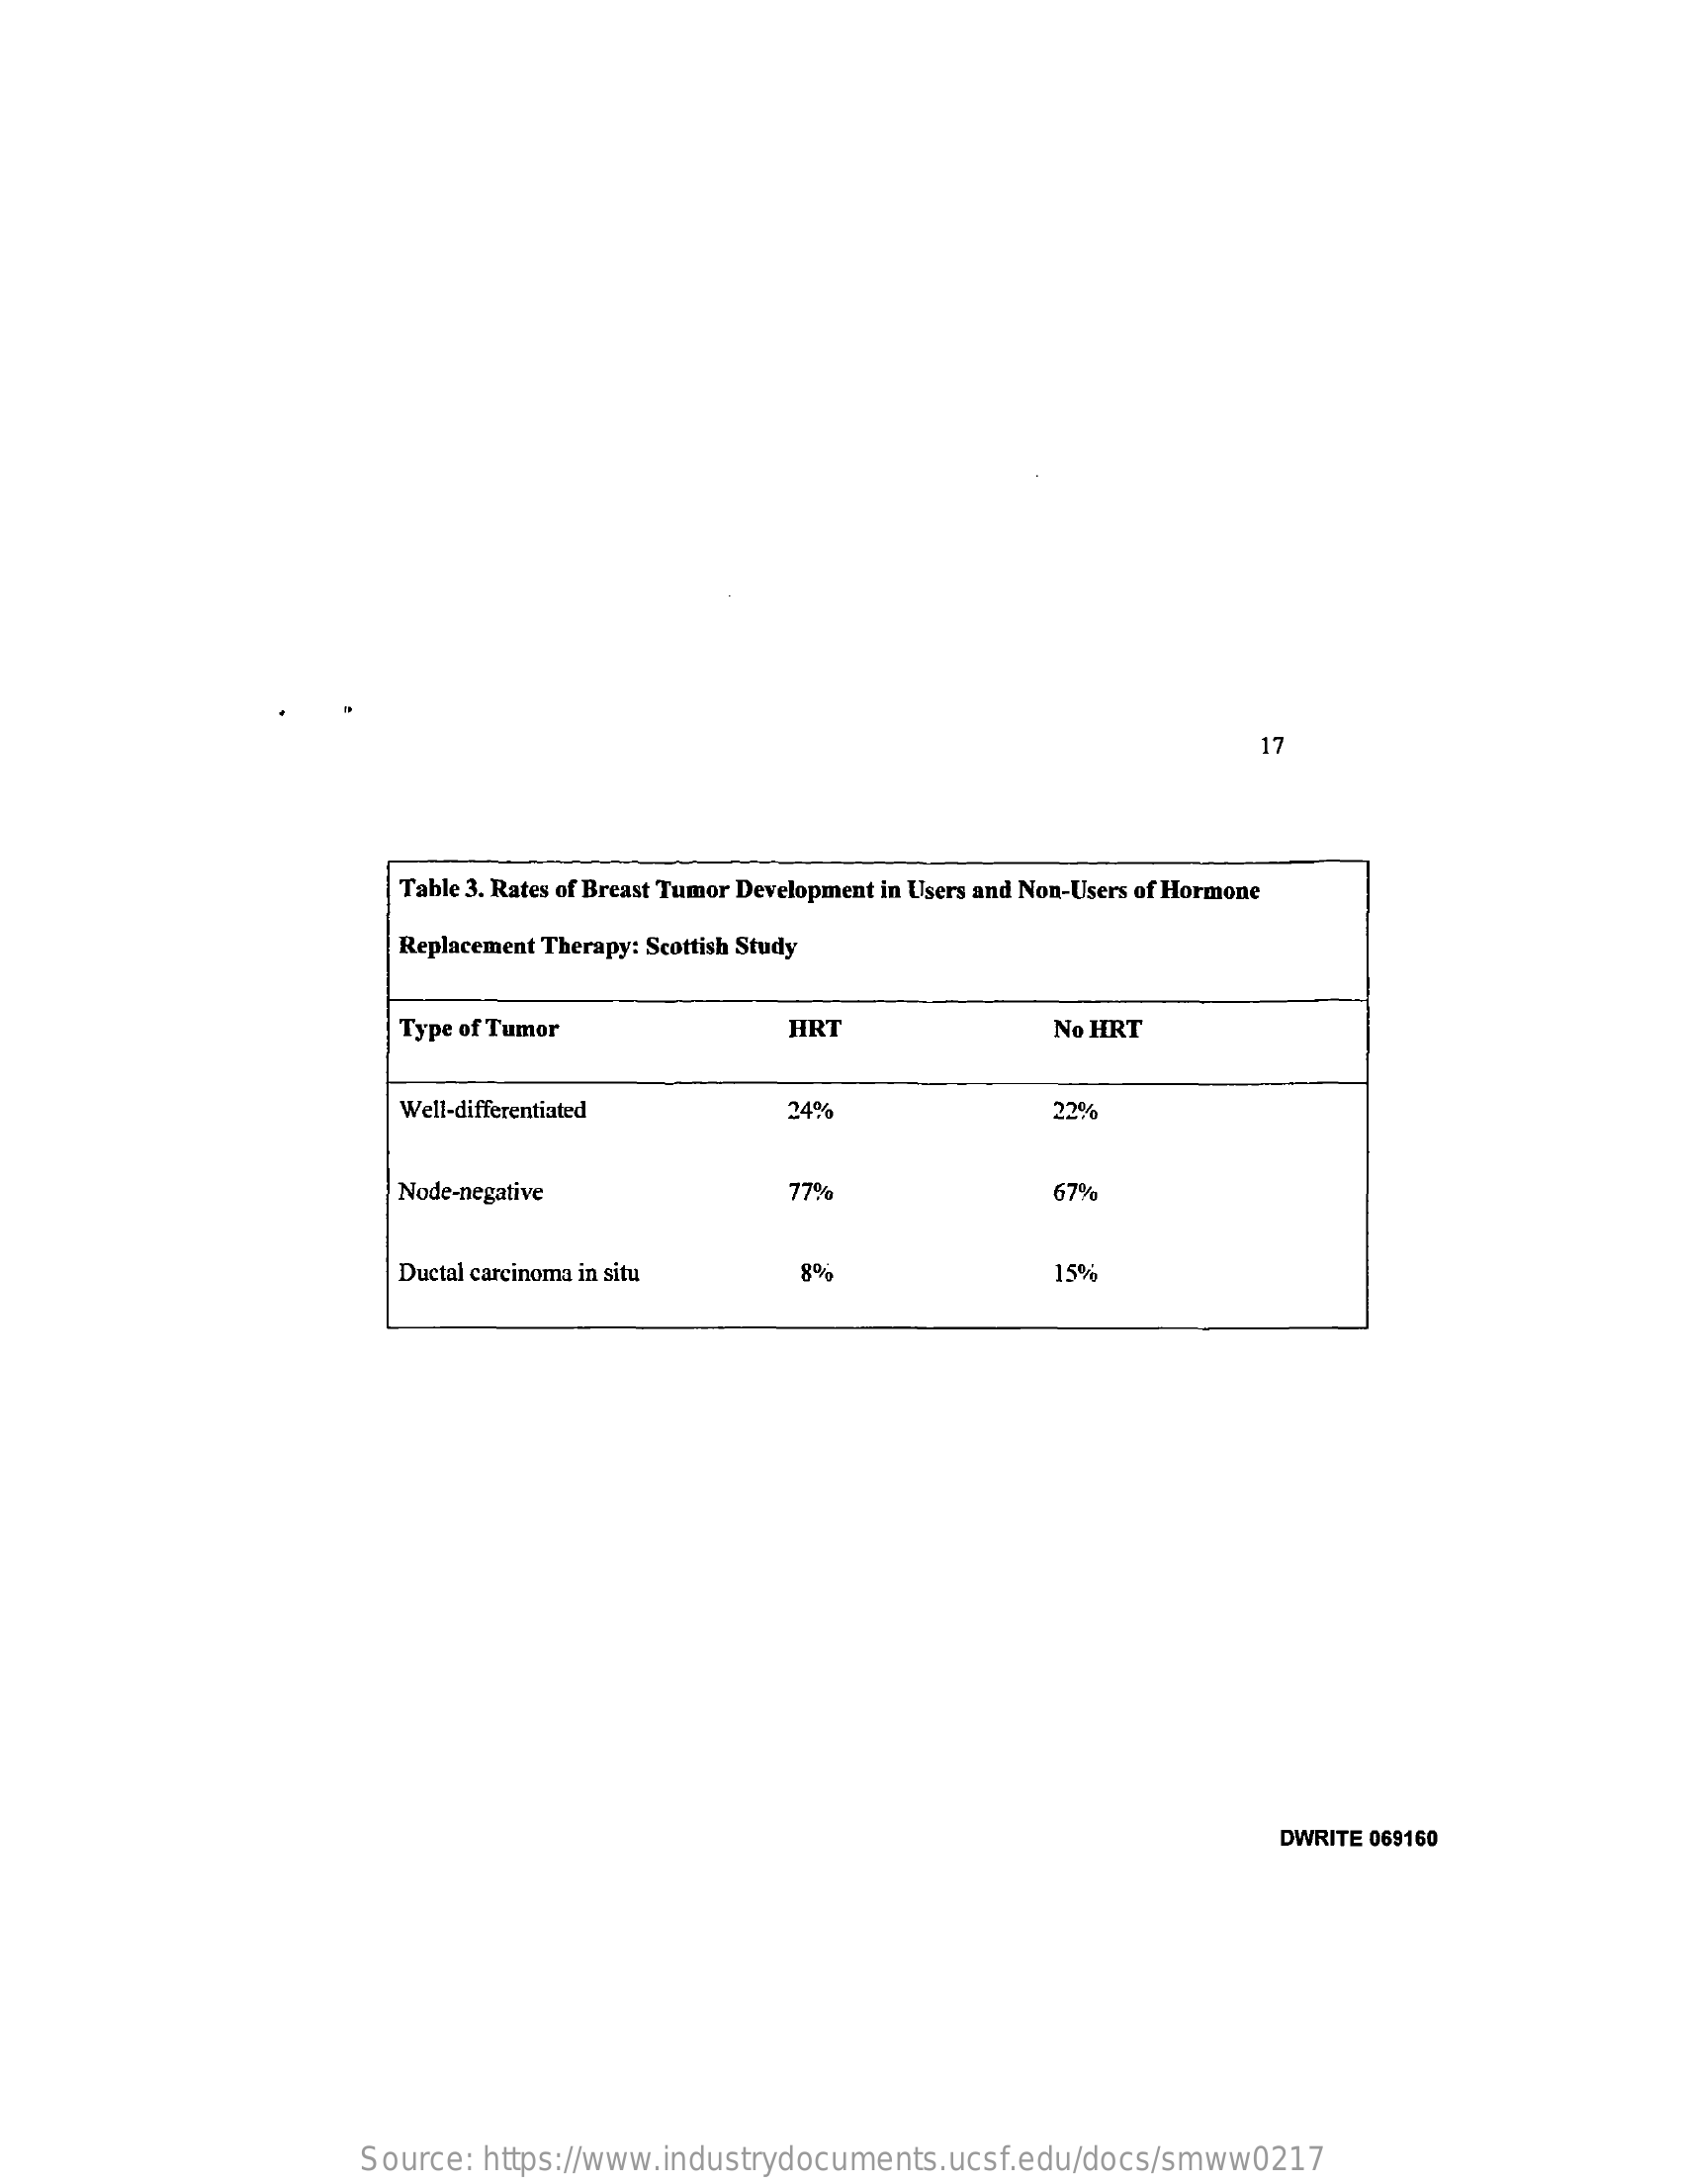
17
     Table 3. Rates of Breast Tumor Development in Users and Non-Users of Hormone
     Replacement Therapy: Scottish Study
     Type of Tumor    HRT    No HRT
     Well-differentiated    24%    22%
     Node-negative    77%    67%
     Ductal carcinoma in situ    8%    15%
     DWRITE 069160
     Source:  https://www.industrydocuments.ucsf.edu/docs/smww0217